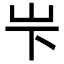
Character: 𪨢